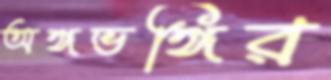
অঙ্গভঙ্গির